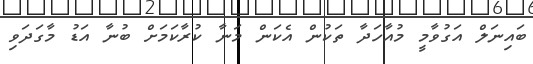
ބައިނަލް އަގުވާމީ މުއާހަދާ ތަކުން އެކަން މަނާ ކުރާކަމަށް ބުނާ އަޑު މާގަދަވި